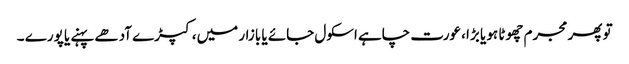
تو پھر مجرم چھوٹا ہو یا بڑا ،عورت چاہے اسکول جائے یا بازار میں، کپڑے آدھے پہنے یا پورے ۔